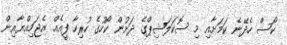
ކޯސް ހެދޭނެ ކަމަށާއި މި ސޮކަލަޝިޕްގެ ދަށުން ކޯހުގެ ހުރިހާ ފީއެއް އެޖަމިއްޔާއިން